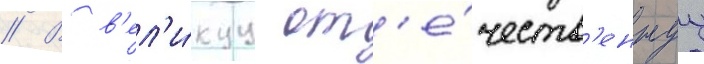
// В в'ел'и́куу от'е́честв'еннуу